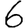
Digit: 6